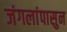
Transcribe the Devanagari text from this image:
जंगलांपासुन